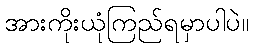
အားကိုးယုံကြည်ရမှာပါပဲ။